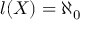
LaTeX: l ( X ) = \aleph _ { 0 }